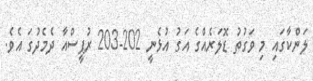
ލަންކާގައި މި ވަގުތު ޑޮލަރެއްގެ އަގު އުޅެނީ 202-203 ރުޕީސްއާ ދެމެދުގަ އެވެ.